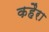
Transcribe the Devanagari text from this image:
कहैरा